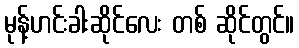
မုန့်ဟင်းခါးဆိုင်လေး တစ် ဆိုင်တွင်။